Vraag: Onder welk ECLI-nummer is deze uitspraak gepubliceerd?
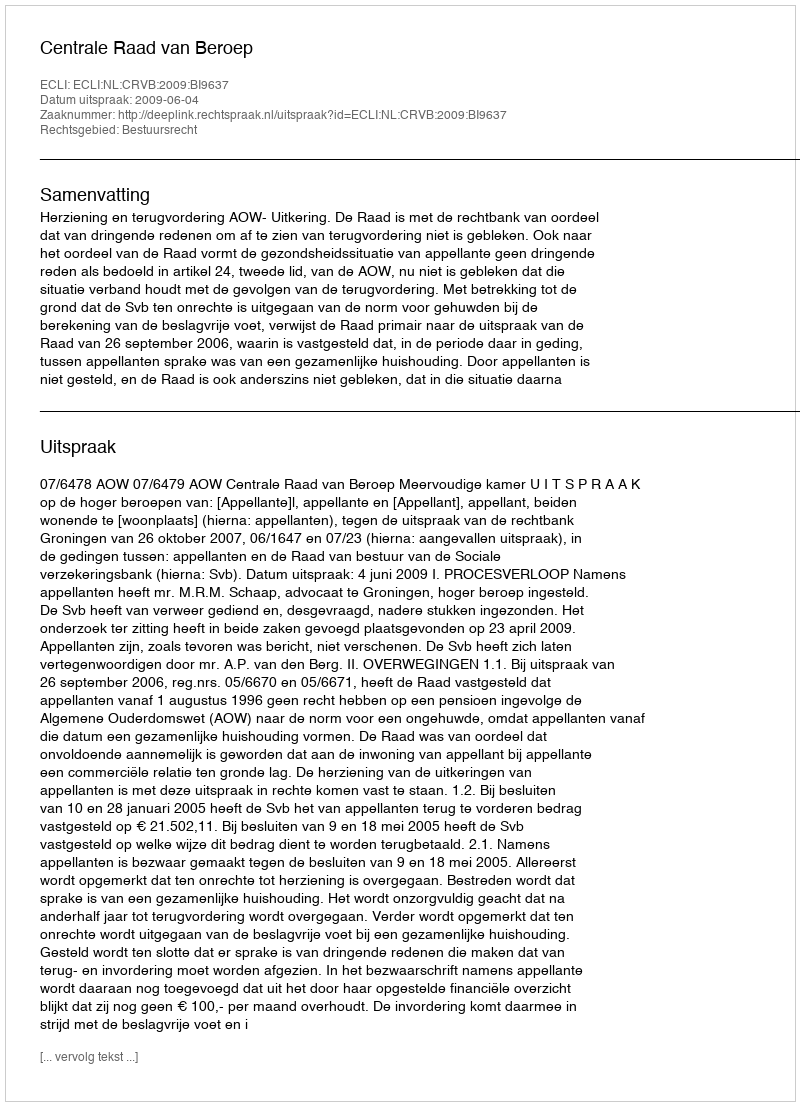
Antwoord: ECLI:NL:CRVB:2009:BI9637